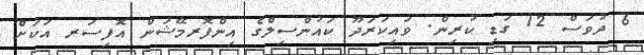
6 ދުވަސް 12 ގަޑި ކުރިން. ވައިކަރަދޫ ކައުންސިލްގެ އިންފޮރމޭޝަން އޮފިސަރ އަކަށް